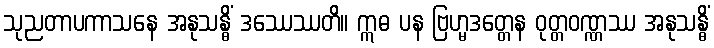
သုညတာပကာသနေ အနုသန္ဓိံ ဒဿေဿတိ။ ဣဓ ပန ဗြဟ္မဒတ္တေန ဝုတ္တဝဏ္ဏဿ အနုသန္ဓိံ